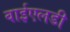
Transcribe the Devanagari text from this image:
वाईएलडी